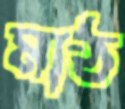
মাঠ